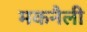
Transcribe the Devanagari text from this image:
मकनैली